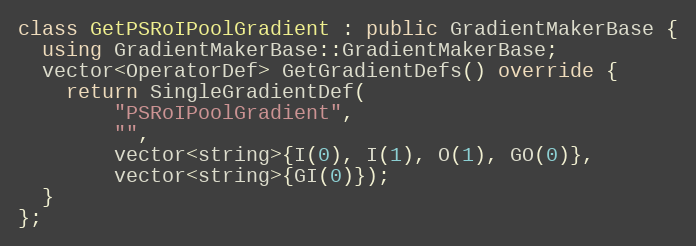
Language: C++
class GetPSRoIPoolGradient : public GradientMakerBase {
  using GradientMakerBase::GradientMakerBase;
  vector<OperatorDef> GetGradientDefs() override {
    return SingleGradientDef(
        "PSRoIPoolGradient",
        "",
        vector<string>{I(0), I(1), O(1), GO(0)},
        vector<string>{GI(0)});
  }
};